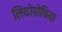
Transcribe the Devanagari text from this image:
लिथोग्रोफिया